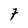
Character: 7